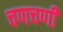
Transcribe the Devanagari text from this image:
चणचणी